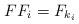
LaTeX: \begin{align*}FF_i=F_{k_i}\end{align*}